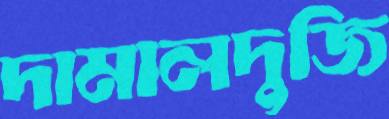
দামালদুজি